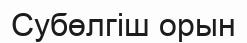
Субөлгіш орын